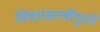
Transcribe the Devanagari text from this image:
विचारसरणीपुरते